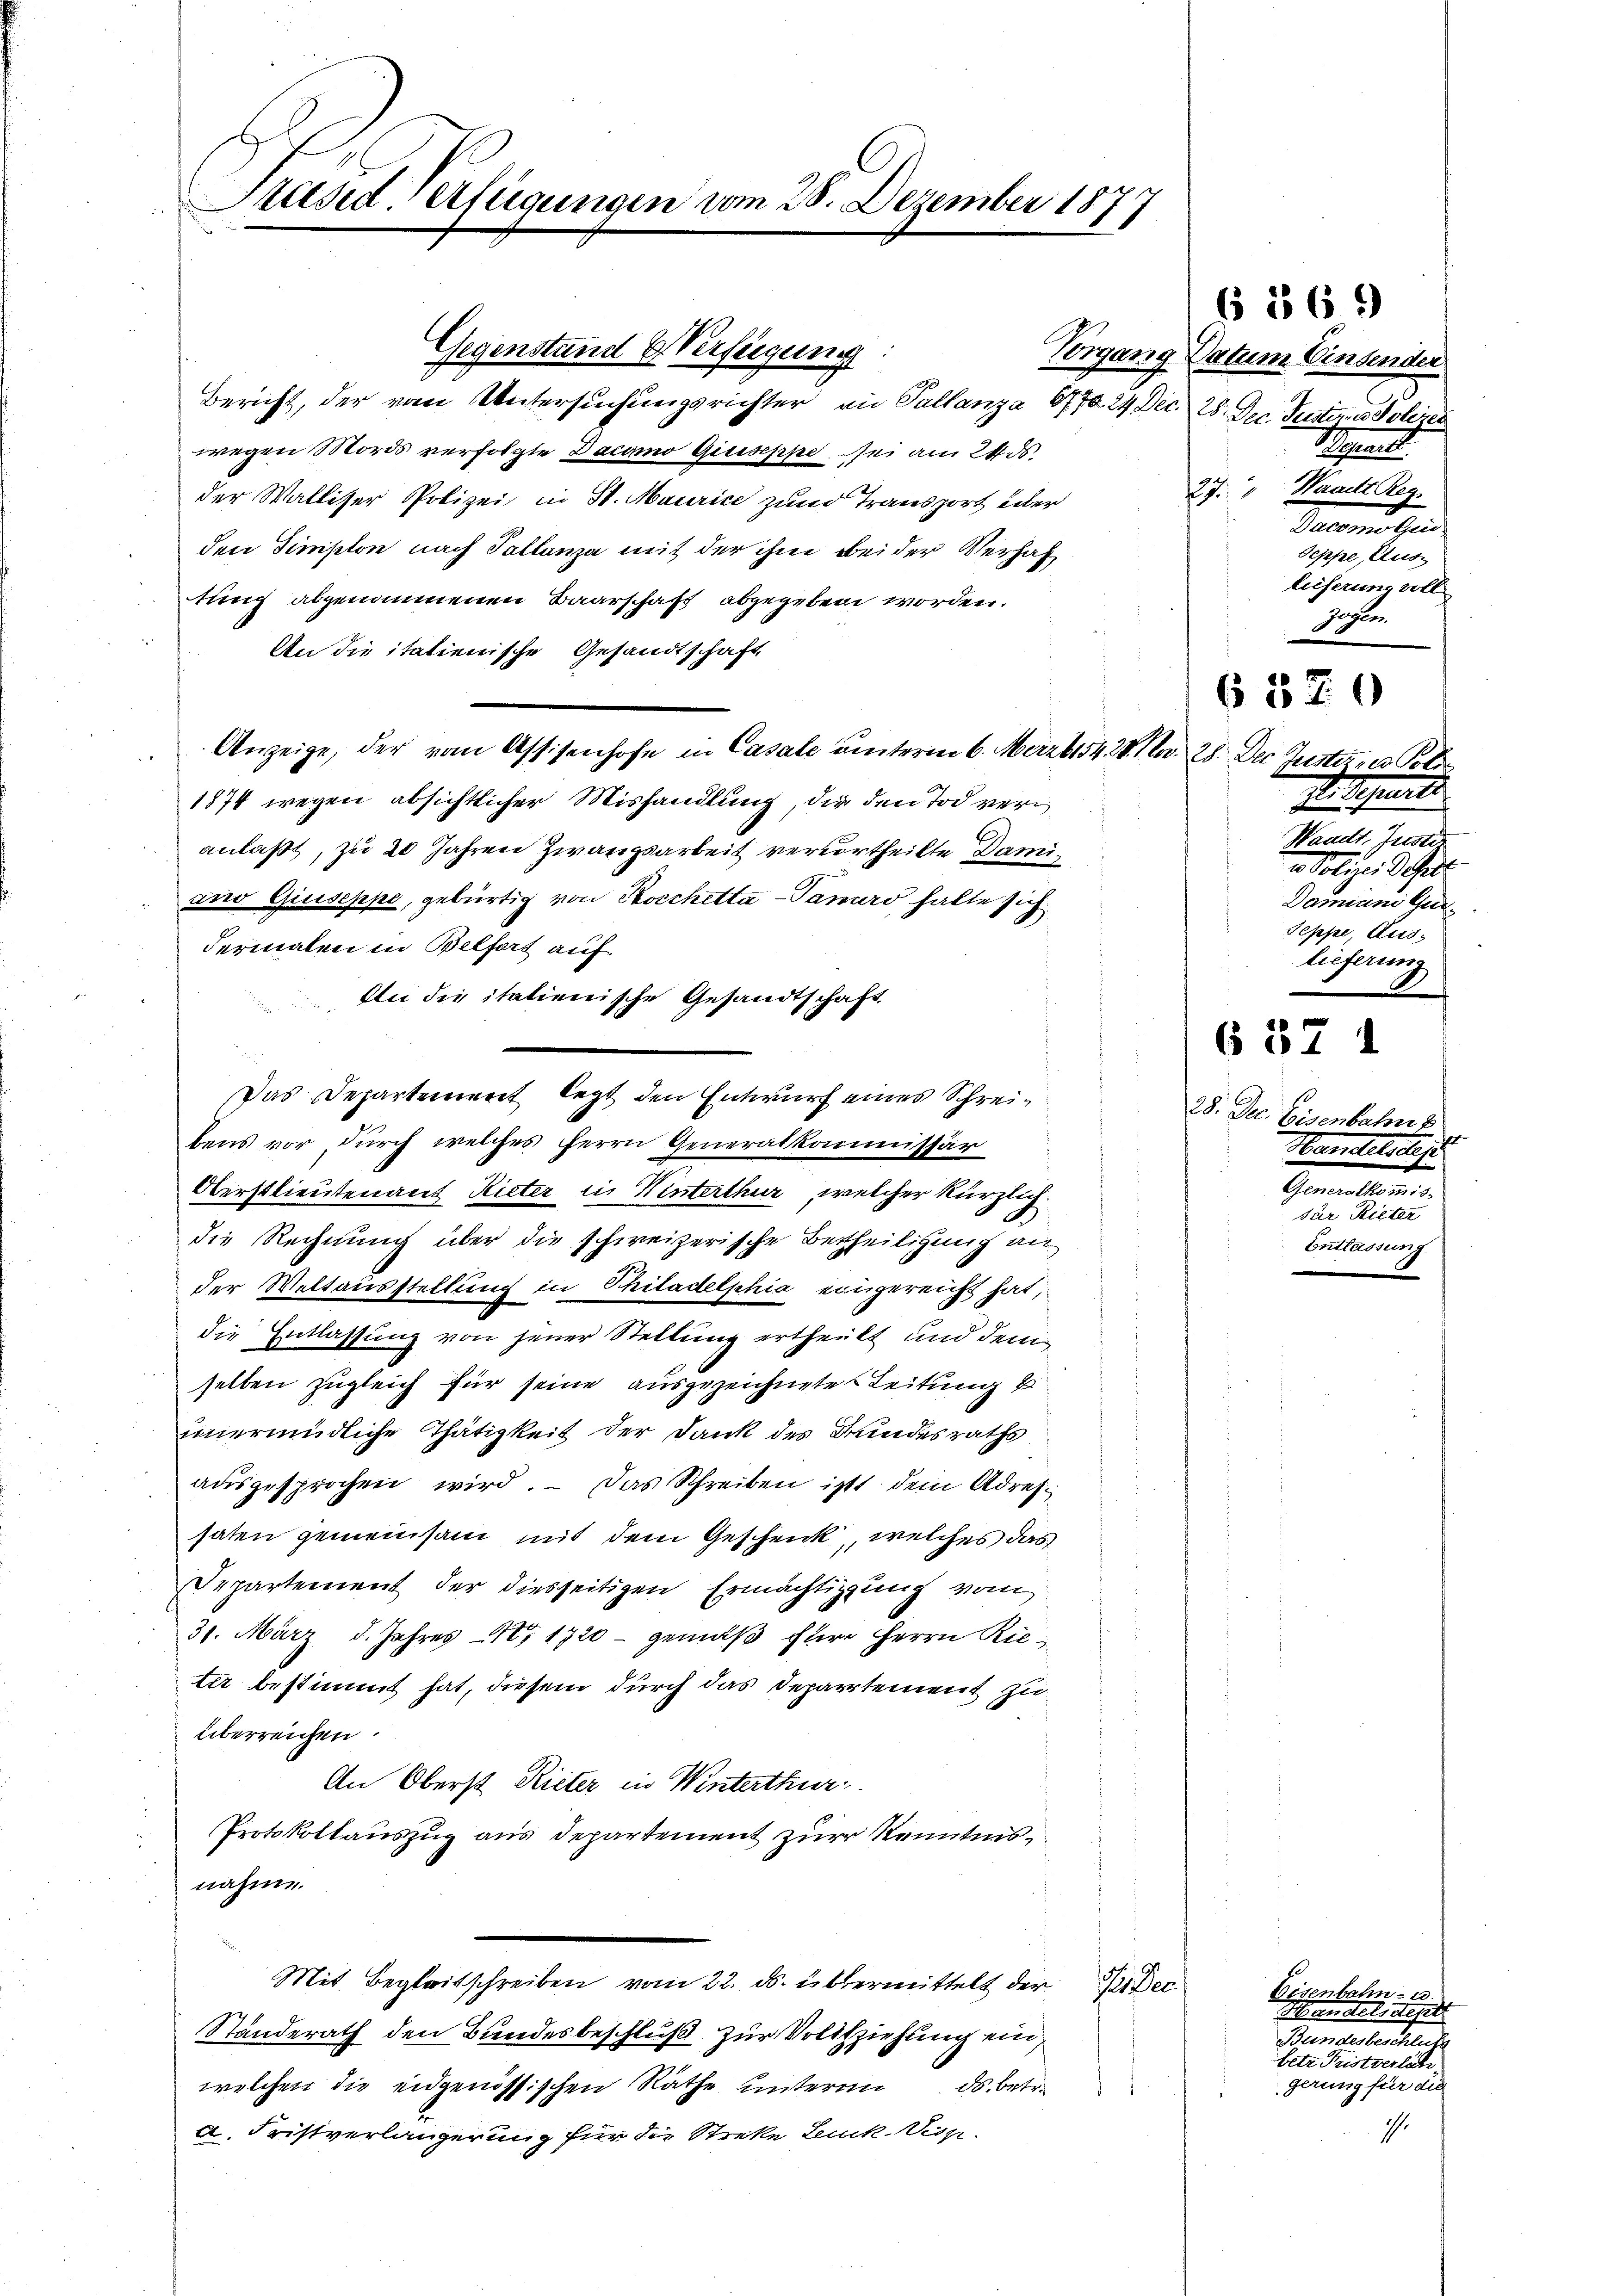
Präsid. Verfügungen vom 28. Dezember 1877

Gegenstand & Verfügung:
Bericht, der vom Untersuchungsrichter an Pallanza 677. 24 Dec. 28. Dec. Justimmer Polize
wegen Mords verfolgte Decano Giuseppe sei am 24. ds.
der Walliser Polizei in St. Maurice zum Transport über
den Simplon nach Tallenza mit der ihm bei der Verhaftung abgenommenen Baarschaft abgegeben worden.
An die italienische Gesandtschaft
Anzeige, der vom Assisenhofe in Casale unterm 6. März bis 428. 10. 28. Der Justiz- u Poli
1874 wegen absichtlicher Mishandlung, die den Tod veranlaßt, zu 20 Jahren Zwangsarbeit verurtheilte Damiano Giuseppe, gebürtig von Rocchetta-Tanuro, halte sich
dermalen in Belfort auf
An die italienische Gesandtschaft
Das Departement legt den Entwurf eines Schreis
bens vor durch welches Herrn Generalkommissär
Oberstlieutenant Rieter in Winterthur, welcher kürzlich
die Rechnung über die schweizerische Betheiligung an
der Weltausstellung in Philadelphia eingereicht hat,
die Entlassung von jener Stellung ertheilt und dem
selben zugleich für seine ausgezeichnete Leitung
unermüdliche Thätigkeit der Dank des Bundesraths
ausgesprochen wird. – Das Schreiben ist dem Adres.
saten gemeinsam mit dem Geschenk, welches das
Departement der diesseitigen Ermächtigung vom
31. März d. Jahres 18. 1720 - gemäß für Herrn Rieter bestimmt hat, diesem durch das Departement zu
überreichen.
An Oberst Rieter in Winterthur
Protokollauszug aus Departement zur Kenntnisnahme.
Mit Begleitschreiben vom 22. ds. übermittelt der K. Dec
Standerath den Bundesbeschluß zur Vollziehung ein,
welchen die eidgenössischen Rathe unterm ds. betr.
a. Fristverlängerung für die Streke Leuck Disp.

Vorgang Datum Einsender
Separt
.
Waadt Reg
1
December
Seppe, Auslieferung voll
Gegen.

6 556 *)

6 520

6 37 1

st. Separti
Waadt, Justiz
v. Polizei d. Gall
Damiano Gun¬
Seppe, Aus
lieferung

28. Dec. Eisenbahn z
e
Handelsleis
Generalkommis-
für Ritter
Entlassung.

Disenbahn- u
Manstetsteht
Bameelenheit
betr. Fristverlän
gerung für die

1